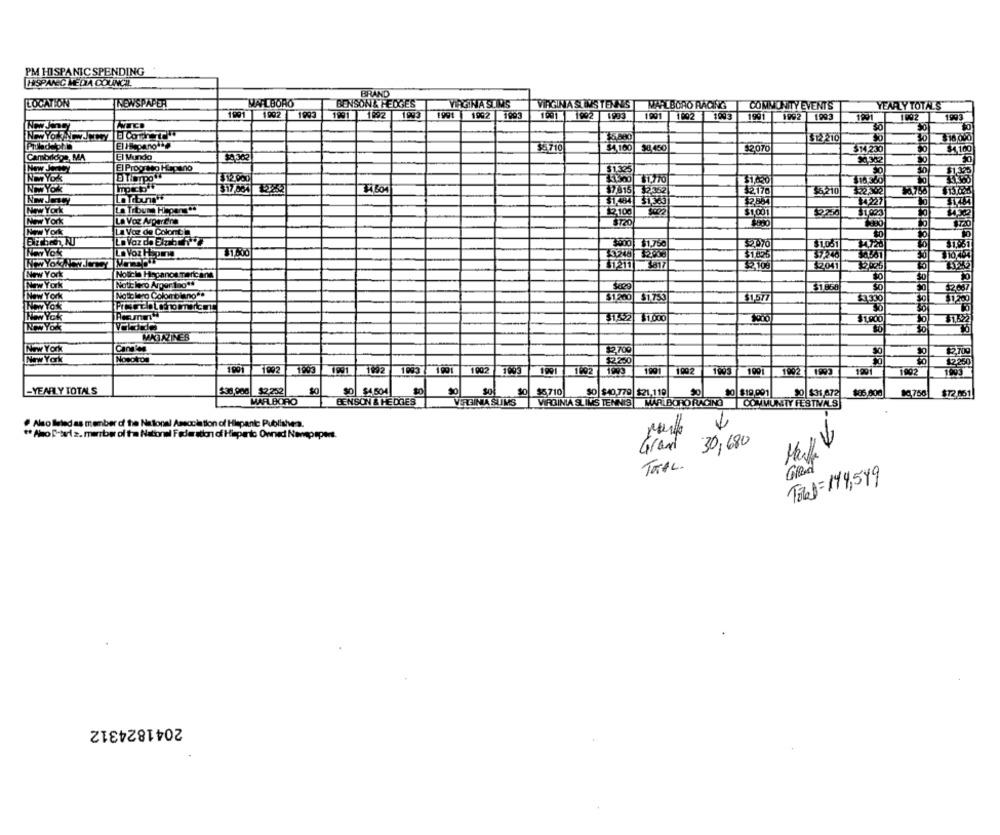
PM HISPANIC SPENDING
HISPANEC MEDIA COUNCIL
BRAND
LOCATION
JNEWSPAPER
MARLBORO
BENSON& HEDGES
VIRGINIA SLIMS
VIRGINIA SUMS TENNIS | MARLBORO RACING
COMMUNITY EVENTS
YEARLY TOTALS
1991 1992 1993
1991 192 1993
1991
1992 1993
1901 1992 1993
1991 1002 1943
1991
1992
1993
1991
1092
1993
Now Jincy
5.880
12 210
30
$16,000
$4 100
98,450
$2,070
3M 230
$4.100
Cambridge, MA
El Mundo
50
Now Jontey
El Progreso Hlapano
31.325
30
30
$1,325
Non Yok
12.900
31,420
316 360
Www Yok
317,004
7.815 2352
$2,776
$6.210
122,302
$1,484 31365
La Tibur Hapens "5
New York
12100
$1.001
450
NEW York
La Voz Arparena
New York
La Voz de Coloniaa
$500 1.750
$1,061
34.728
New Yok
$1.825
$7.240
$1211 3817
3-To6
32041
New York
[Notiche Hapanoamericana
New York
Notic lero Arpor 1no **
$1.868
2667
NEW York
Notolero Colombiano **
$1200 $1753
$1577
$1.300
$1522 $1.000
$1,900
30
U 1,622
5383838
NON YON
30
MATAZINES
New York
Cans'es
$2,700
$2.700
New York
1991
1992
1991
$2250
12260
11993
191
1692
1993
1002 1993
1991 1692
1905
1991
1002
1905
1001
1992 1993
1001
1992
1903
-YEARLY TOTALS
$30,000 $2,252|
$4 504
$0
$0
56710
SO $40.779 $21.119
10 $19.091
50 $31,672
$86,800
$72.051
MARLBORO
BENSON & HEDGES
VIRGINIA SUMS
VIRGINIA SLIMS TENNIS|MARLBORORACING COMMUNITY FESTIVALS
. Also lleledas member of the National Association of Hispanic Publishes.
** Amo-teriz. marbe ol tra National Federation of Hispato Owned Nonpapers.
30,680
Grand
TOTAL.
Total =144,549
2041824312